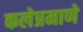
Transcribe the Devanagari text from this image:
कलेप्रमाणे